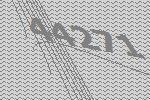
44271